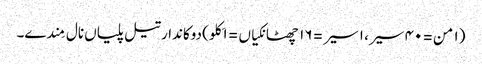
(١ من = ٤٠ سیر، ١ سیر = ١٦ چھٹانکیاں = ١ کِلو) دوکاندار تیل پلیاں نال مِندے۔